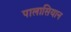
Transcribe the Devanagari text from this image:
पालासियान